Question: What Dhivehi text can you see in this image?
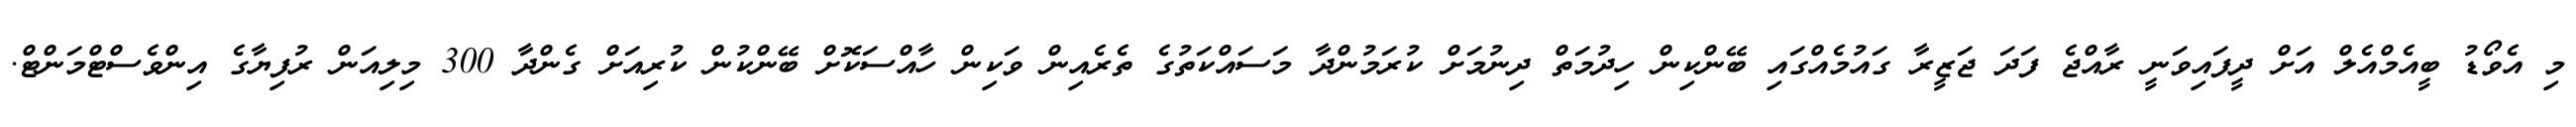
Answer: މި އެވޯޑު ބީއެމްއެލް އަށް ދީފައިވަނީ ރާއްޖެ ފަދަ ޖަޒީރާ ގައުމެއްގައި ބޭންކިން ހިދުމަތް ދިނުމަށް ކުރަމުންދާ މަސައްކަތުގެ ތެރެއިން ވަކިން ހާއްސަކޮށް ބޭންކުން ކުރިއަށް ގެންދާ 300 މިލިއަން ރުފިޔާގެ އިންވެސްޓްމަންޓް.